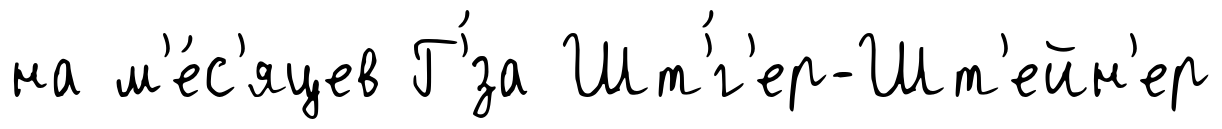
на м'е́с'яцев Г'́за Шт'́г'ер-Шт'ейн'ер